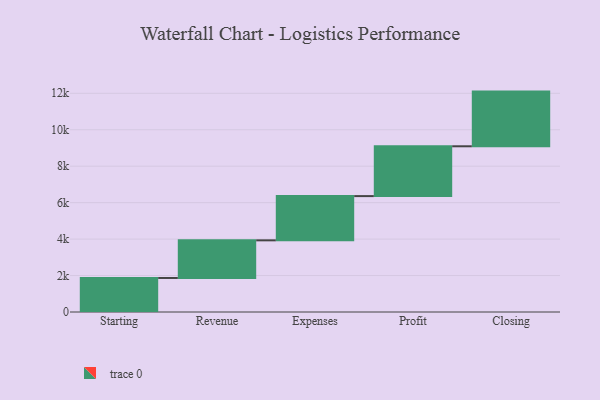
{"axis": {"x": "Step", "y": "Value"}, "legend": [""], "data": [{"x": "Starting", "y": 1867.0, "type": ""}, {"x": "Revenue", "y": 2065.0, "type": ""}, {"x": "Expenses", "y": 2427.0, "type": ""}, {"x": "Profit", "y": 2734.0, "type": ""}, {"x": "Closing", "y": 3000, "type": ""}]}